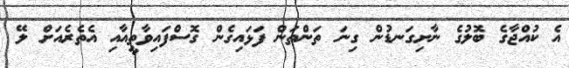
އެ ކުއްޖާގެ ބޮލުގެ ނާށިގަނޑުން ގިނަ ތަންތަން ފަޅައިގެން ގޮސްފައިވާތީއާއި އެތެރެއަށް ލޭ